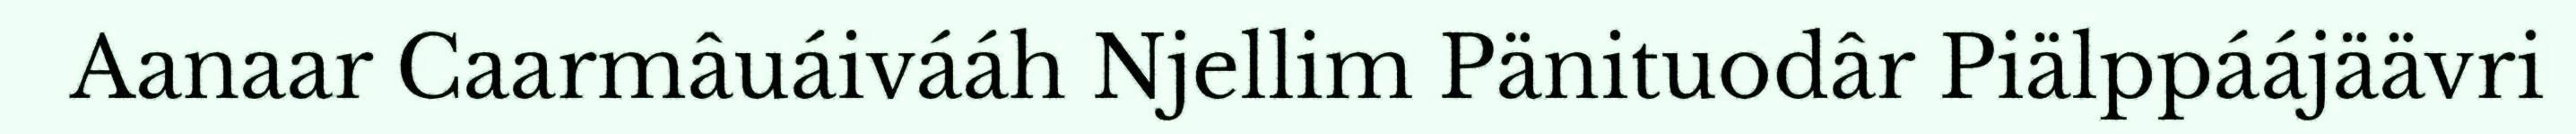
Aanaar Caarmâuáivááh Njellim Pänituodâr Piälppáájäävri